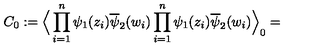
C _ { 0 } : = \Big \langle \prod _ { i = 1 } ^ { n } \psi _ { 1 } ( z _ { i } ) \overline { { \psi } } _ { 2 } ( w _ { i } ) \prod _ { i = 1 } ^ { n } \psi _ { 1 } ( z _ { i } ) \overline { { \psi } } _ { 2 } ( w _ { i } ) \Big \rangle _ { 0 } =